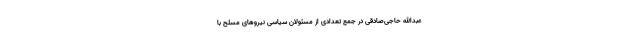
عبدالله حاجی‌صادقی در جمع تعدادی از مسئولان سیاسی نیروهای مسلح با